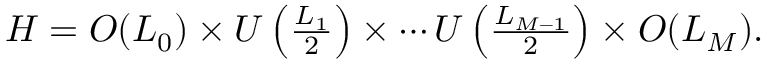
H = O ( L _ { 0 } ) \times U \left( { \textstyle \frac { L _ { 1 } } { 2 } } \right) \times \cdots U \left( { \textstyle \frac { L _ { M - 1 } } { 2 } } \right) \times O ( L _ { M } ) .